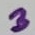
Text: 3